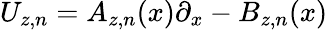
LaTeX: U_{z,n}=A_{z,n}(x)\partial_{x}-B_{z,n}(x)